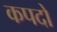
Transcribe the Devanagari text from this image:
कपदो